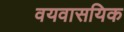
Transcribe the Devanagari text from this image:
वयवासयिक